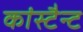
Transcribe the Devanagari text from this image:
कांस्टैन्ट